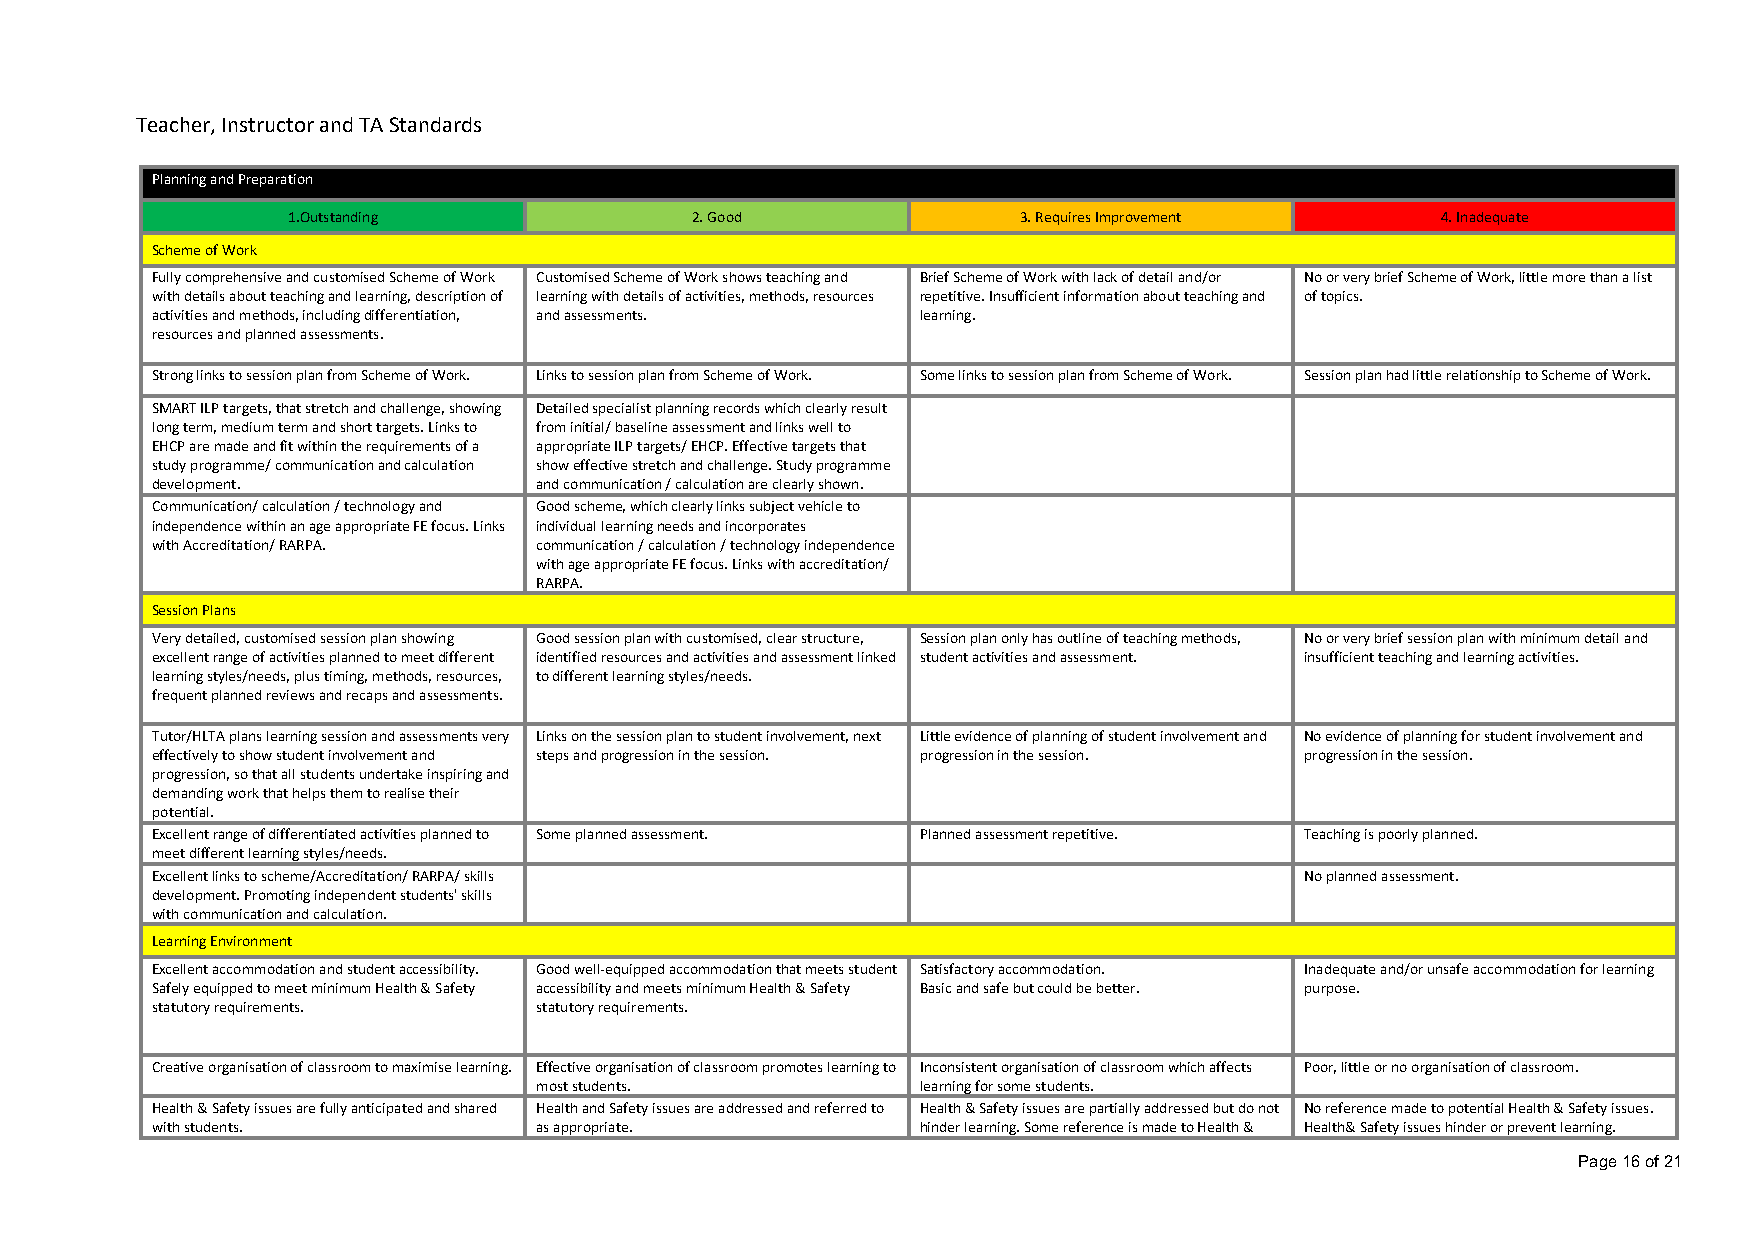
Teacher, Instructor and TA Standards
 Planning and Preparation
 1.Outstanding              2. Good               3. Requires Improvement    4. Inadequate
 Scheme of Work
 Fully comprehensive and customised Scheme of Work Customised Scheme of Work shows teaching and Brief Scheme of Work with lack of detail and/or No or very brief Scheme of Work, little more than a list
 with details about teaching and learning, description of learning with details of activities, methods, resources repetitive. Insufficient information about teaching and of topics.
 activities and methods, including differentiation, and assessments. learning.
 resources and planned assessments.
 Strong links to session plan from Scheme of Work. Links to session plan from Scheme of Work. Some links to session plan from Scheme of Work. Session plan had little relationship to Scheme of Work.
 SMART ILP targets, that stretch and challenge, showing Detailed specialist planning records which clearly result
 long term, medium term and short targets. Links to from initial/ baseline assessment and links well to
 EHCP are made and fit within the requirements of a appropriate ILP targets/ EHCP. Effective targets that
 study programme/ communication and calculation show effective stretch and challenge. Study programme
 development.             and communication / calculation are clearly shown.
 Communication/ calculation / technology and Good scheme, which clearly links subject vehicle to
 independence within an age appropriate FE focus. Links individual learning needs and incorporates
 with Accreditation/ RARPA. communication / calculation / technology independence
 with age appropriate FE focus. Links with accreditation/
 RARPA.
 Session Plans
 Very detailed, customised session plan showing Good session plan with customised, clear structure, Session plan only has outline of teaching methods, No or very brief session plan with minimum detail and
 excellent range of activities planned to meet different identified resources and activities and assessment linked student activities and assessment. insufficient teaching and learning activities.
 learning styles/needs, plus timing, methods, resources, to different learning styles/needs.
 frequent planned reviews and recaps and assessments.
 Tutor/HLTA plans learning session and assessments very Links on the session plan to student involvement, next Little evidence of planning of student involvement and No evidence of planning for student involvement and
 effectively to show student involvement and steps and progression in the session. progression in the session. progression in the session.
 progression, so that all students undertake inspiring and
 demanding work that helps them to realise their
 potential.
 Excellent range of differentiated activities planned to Some planned assessment. Planned assessment repetitive. Teaching is poorly planned.
 meet different learning styles/needs.
 Excellent links to scheme/Accreditation/ RARPA/ skills                      No planned assessment.
 development. Promoting independent students' skills
 with communication and calculation.
 Learning Environment
 Excellent accommodation and student accessibility. Good well-equipped accommodation that meets student Satisfactory accommodation. Inadequate and/or unsafe accommodation for learning
 Safely equipped to meet minimum Health & Safety accessibility and meets minimum Health & Safety Basic and safe but could be better. purpose.
 statutory requirements.  statutory requirements.
 Creative organisation of classroom to maximise learning. Effective organisation of classroom promotes learning to Inconsistent organisation of classroom which affects Poor, little or no organisation of classroom.
 most students.            learning for some students.
 Health & Safety issues are fully anticipated and shared Health and Safety issues are addressed and referred to Health & Safety issues are partially addressed but do not No reference made to potential Health & Safety issues.
 with students.           as appropriate.           hinder learning. Some reference is made to Health & Health& Safety issues hinder or prevent learning.
 Page 16 of 21